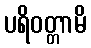
ပရိဝတ္တာမိ